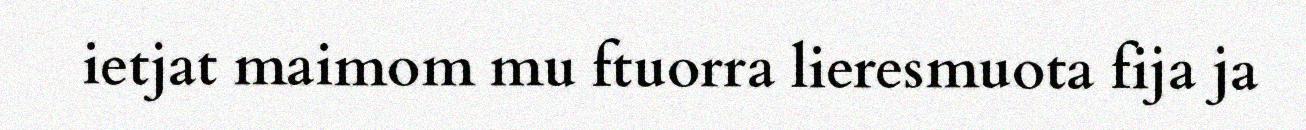
ietjat maimom mu ftuorra lieresmuota fija ja